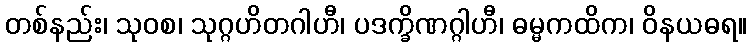
တစ်နည်း၊ သုဝစ၊ သုဂ္ဂဟိတဂါဟီ၊ ပဒက္ခိဏဂ္ဂါဟီ၊ ဓမ္မကထိက၊ ဝိနယဓရ။